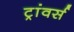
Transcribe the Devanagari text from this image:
ट्रांवर्स